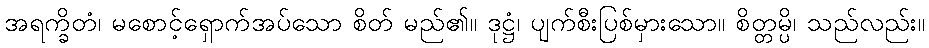
အရက္ခိတံ၊ မစောင့်ရှောက်အပ်သော စိတ် မည်၏။ ဒုဋ္ဌံ၊ ပျက်စီးပြစ်မှားသော။ စိတ္တမ္ပိ၊ သည်လည်း။